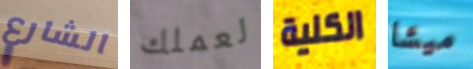
الشارع لعملك الكلية ميشا